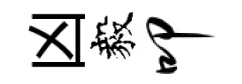
凶毅叩